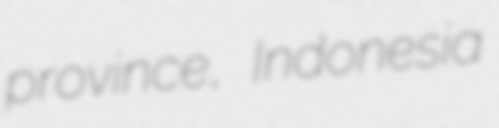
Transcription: province, Indonesia